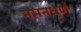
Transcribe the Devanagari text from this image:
नमनधूर्ण